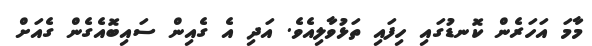
މާމަ އަހަރެން ކޮނޑުގައި ހިފައި ތަޅުވާލިއެވެ. އަދި އެ ގެއިން ސައިބޮއެގެން ގެއަށް